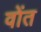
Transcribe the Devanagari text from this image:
वोंत